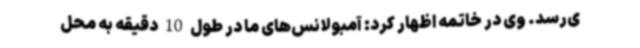
ی‌رسد. وی در خاتمه اظهار کرد: آمبولانس‌های ما در طول 10 دقیقه به محل